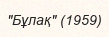
"Бұлақ" (1959)